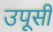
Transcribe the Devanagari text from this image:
उपूसी